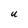
Character: U